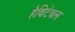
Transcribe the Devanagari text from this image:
हैबिटेबल